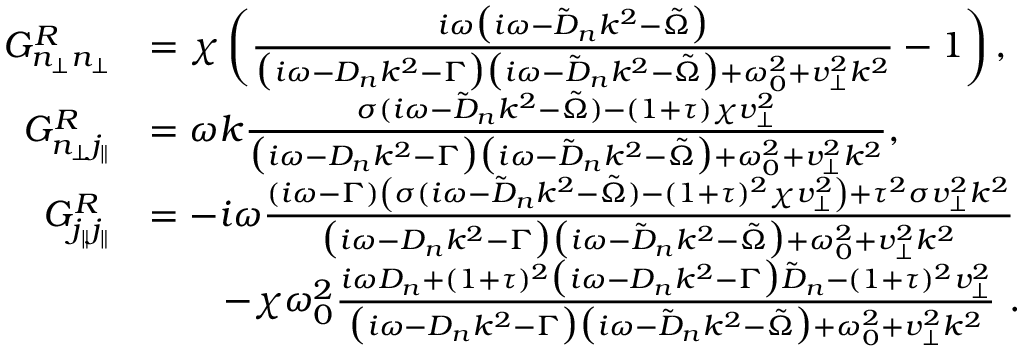
\begin{array} { r l } { G _ { n _ { \perp } n _ { \perp } } ^ { R } } & { = \chi \left( \frac { i \omega \big ( i \omega - \tilde { D } _ { n } k ^ { 2 } - \tilde { \Omega } \big ) } { \big ( i \omega - D _ { n } k ^ { 2 } - \Gamma \big ) \big ( i \omega - \tilde { D } _ { n } k ^ { 2 } - \tilde { \Omega } \big ) + \omega _ { 0 } ^ { 2 } + v _ { \perp } ^ { 2 } k ^ { 2 } } - 1 \right) , } \\ { G _ { n _ { \perp } j _ { \| } } ^ { R } } & { = \omega k \frac { \sigma ( i \omega - \tilde { D } _ { n } k ^ { 2 } - \tilde { \Omega } ) - ( 1 + \tau ) \chi v _ { \perp } ^ { 2 } } { { \big ( i \omega - D _ { n } k ^ { 2 } - \Gamma \big ) \big ( i \omega - \tilde { D } _ { n } k ^ { 2 } - \tilde { \Omega } \big ) + \omega _ { 0 } ^ { 2 } + v _ { \perp } ^ { 2 } k ^ { 2 } } } , } \\ { G _ { j _ { \| } j _ { \| } } ^ { R } } & { = - i \omega \frac { ( i \omega - \Gamma ) \left( \sigma ( i \omega - \tilde { D } _ { n } k ^ { 2 } - \tilde { \Omega } ) - ( 1 + \tau ) ^ { 2 } \chi v _ { \perp } ^ { 2 } \right) + \tau ^ { 2 } \sigma v _ { \perp } ^ { 2 } k ^ { 2 } } { \big ( i \omega - D _ { n } k ^ { 2 } - \Gamma \big ) \big ( i \omega - \tilde { D } _ { n } k ^ { 2 } - \tilde { \Omega } \big ) + \omega _ { 0 } ^ { 2 } + v _ { \perp } ^ { 2 } k ^ { 2 } } } \\ & { \qquad - \chi \omega _ { 0 } ^ { 2 } \frac { i \omega D _ { n } + ( 1 + \tau ) ^ { 2 } \big ( i \omega - D _ { n } k ^ { 2 } - \Gamma \big ) \tilde { D } _ { n } - ( 1 + \tau ) ^ { 2 } v _ { \perp } ^ { 2 } } { \big ( i \omega - D _ { n } k ^ { 2 } - \Gamma \big ) \big ( i \omega - \tilde { D } _ { n } k ^ { 2 } - \tilde { \Omega } \big ) + \omega _ { 0 } ^ { 2 } + v _ { \perp } ^ { 2 } k ^ { 2 } } ~ . } \end{array}